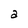
Character: a